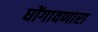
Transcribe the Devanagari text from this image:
घोंगावणारा